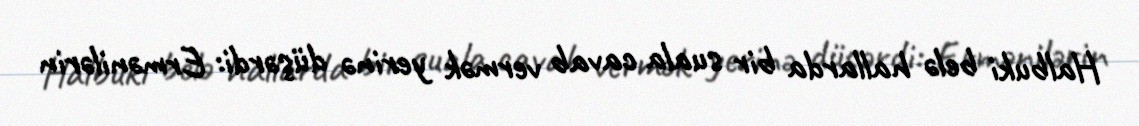
Halbuki belə hallarda bir suala cavab vermək yerinə düşərdi: Ermənilərin